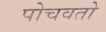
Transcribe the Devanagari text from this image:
पोचवतो